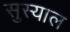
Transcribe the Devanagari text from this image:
सुस्याल